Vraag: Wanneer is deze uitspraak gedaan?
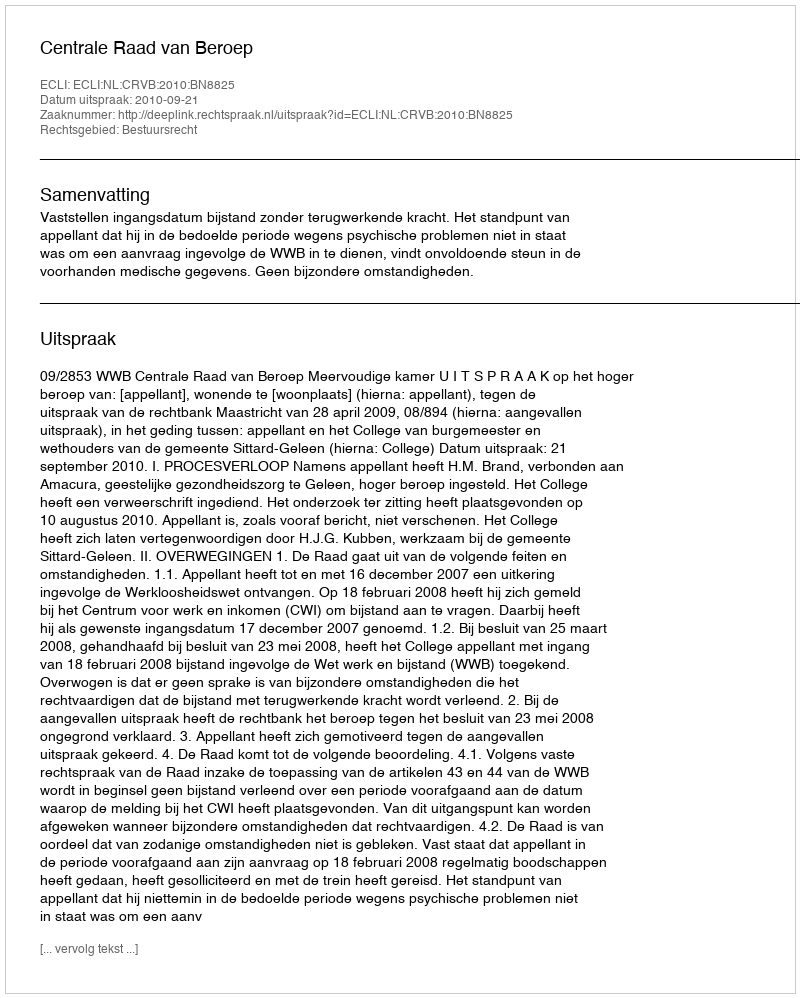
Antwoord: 2010-09-21